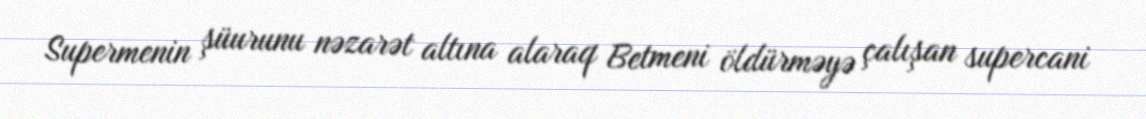
Supermenin şüurunu nəzarət altına alaraq Betmeni öldürməyə çalışan supercani